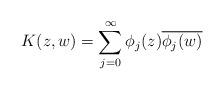
LaTeX: \begin{align*} K(z, w) = \sum_{j=0}^{\infty} \phi_j(z)\overline{\phi_j(w)}\end{align*}